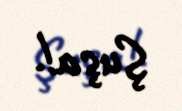
Şuşa!.